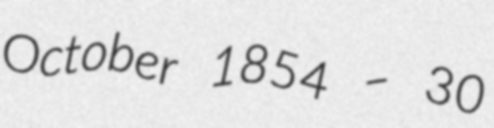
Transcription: October 1854 – 30